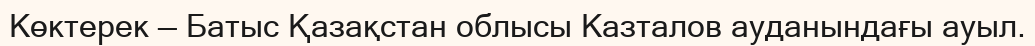
Көктерек — Батыс Қазақстан облысы Казталов ауданындағы ауыл.